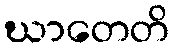
ဃာတေတိ